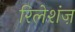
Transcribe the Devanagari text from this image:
रिलेशंज़